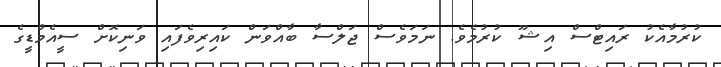
ކުރުމާއެކު ރައިޓްސް އިޝޫ ކުރުމެވެ. ނަމަވެސް ޖަލްސާ ބާއްވަން ކައިރިވެފައި ވަނިކޮށް ސީއެމްޑީގެ